Civil Veterinary Department. United Provinces 1912-22 - 1912-1922
Year: 1912
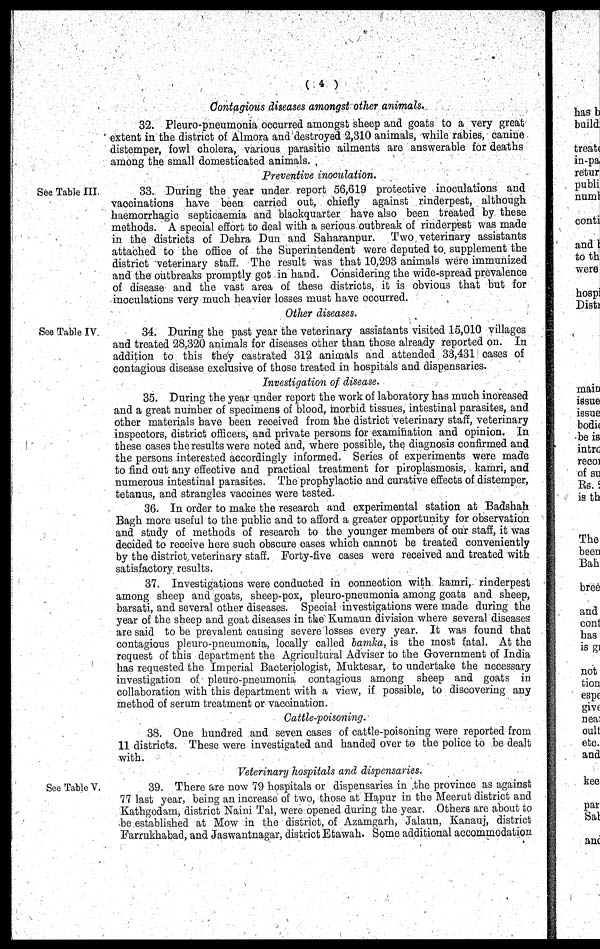
( 4 )
Contagious diseases amongst other animals.
32. Pleuropneumonia occurred amongst sheep and goats to a very great
extent in the district of Almora and destroyed 2,310 animals, while rabies, canine
distemper, fowl cholera, various parasitic ailments are answerable for deaths
among the small domesticated animals.
Preventive inoculation.
See Table III.
33. During the year under report 56,619 protective inoculations and
vaccinations have been carried out, chiefly against rinderpest, although
haemorrhagic septicaemia and blackquarter have also been treated by these
methods. A special effort to deal with a serious outbreak of rinderpest was made
in the districts of Dehra Dun and Saharanpur.
Two veterinary assistants
attached to the office of the Superintendent were deputed to supplement the
district veterinary staff. The result was that 10,293 animals were immunized
and the outbreaks promptly got in hand. Considering the wide-spread prevalence
of disease and the vast area of these districts, it is obvious that but for
inoculations very much heavier losses must have ocourred.
Other diseases.
See Table IV
34. During the past year the veterinary assistants visited 15,010 villages
and treated 28,320 animals for diseases other than those already reported on. In
addition to this they castrated 312 animals and attended 33,431 cases of
contagious disease exclusive of those treated in hospitals and dispensaries.
Investigation of disease.
35. During the year under report the work of laboratory has much increased
and a great number of specimens of blood, morbid tissues, intestinal parasites, and
other materials have been received from the district veterinary staff, veterinary
inspectors, district officers, and private persons for examination and opinion. In
these cases the results were noted and, where possible, the diagnosis confirmed and
the persons interested accordingly informed. Series of experiments were made
to find out any effective and practical treatment for piroplasmosis, kamri, and
numerous intestinal parasites. The prophylactio and curative effects of distemper,
tetanus, and strangles vaccines were tested.
36. In order to make the research and experimental station at Badshah
Bagh more useful to the public and to afford a greater opportunity for observation
and study of methods of research to the younger members of our staff, it was
decided to receive here such obscure oases which cannot be treated conveniently
by the district veterinary staff. Forty-five cases were received and treated with
satisfactory results.
37. Investigations were conducted in connection with kamri, rinderpest
among sheep and goats, sheep-pox, pleuro-pneumonia among goats and sheep,
barsati, and several other diseases. Special investigations were made during the
year of the sheep and goat diseases in the Kumaun division where several diseases
are said to be prevalent causing severe losses every year. It was found that
contagious pleuro-pneumonia, locally called bamka, is the most fatal. At the
request of this department the Agricultural Adviser to the Government of India
has requested the Imperial Bacteriologist, Muktesar, to undertake the necessary
investigation of pleuro-pneumonia contagious among sheep and goats in
collaboration with this department with a view, if possible, to discovering any
method of serum treatment or vaccination.
Cattle-poisoning.
38. One hundred and seven cases of cattle-poisoning were reported from
11 districts. These were investigated and handed over to the police to be dealt
with.
Veterinary hospitals and dispensaries.
Sec Table V.
39. There are now 79 hospitals or dispensaries in the province as against
77 last year, being an increase of two, those at Hapur in the Meerut district and
Kathgodam, district Naini Tal, were opened during the year. Others are about to
be established at Mow in the district, of Azamgarh, Jalaun, Kanauj, district
Farrukhabad, and Jaswantnagar, district Etawah. Some additional accommodation